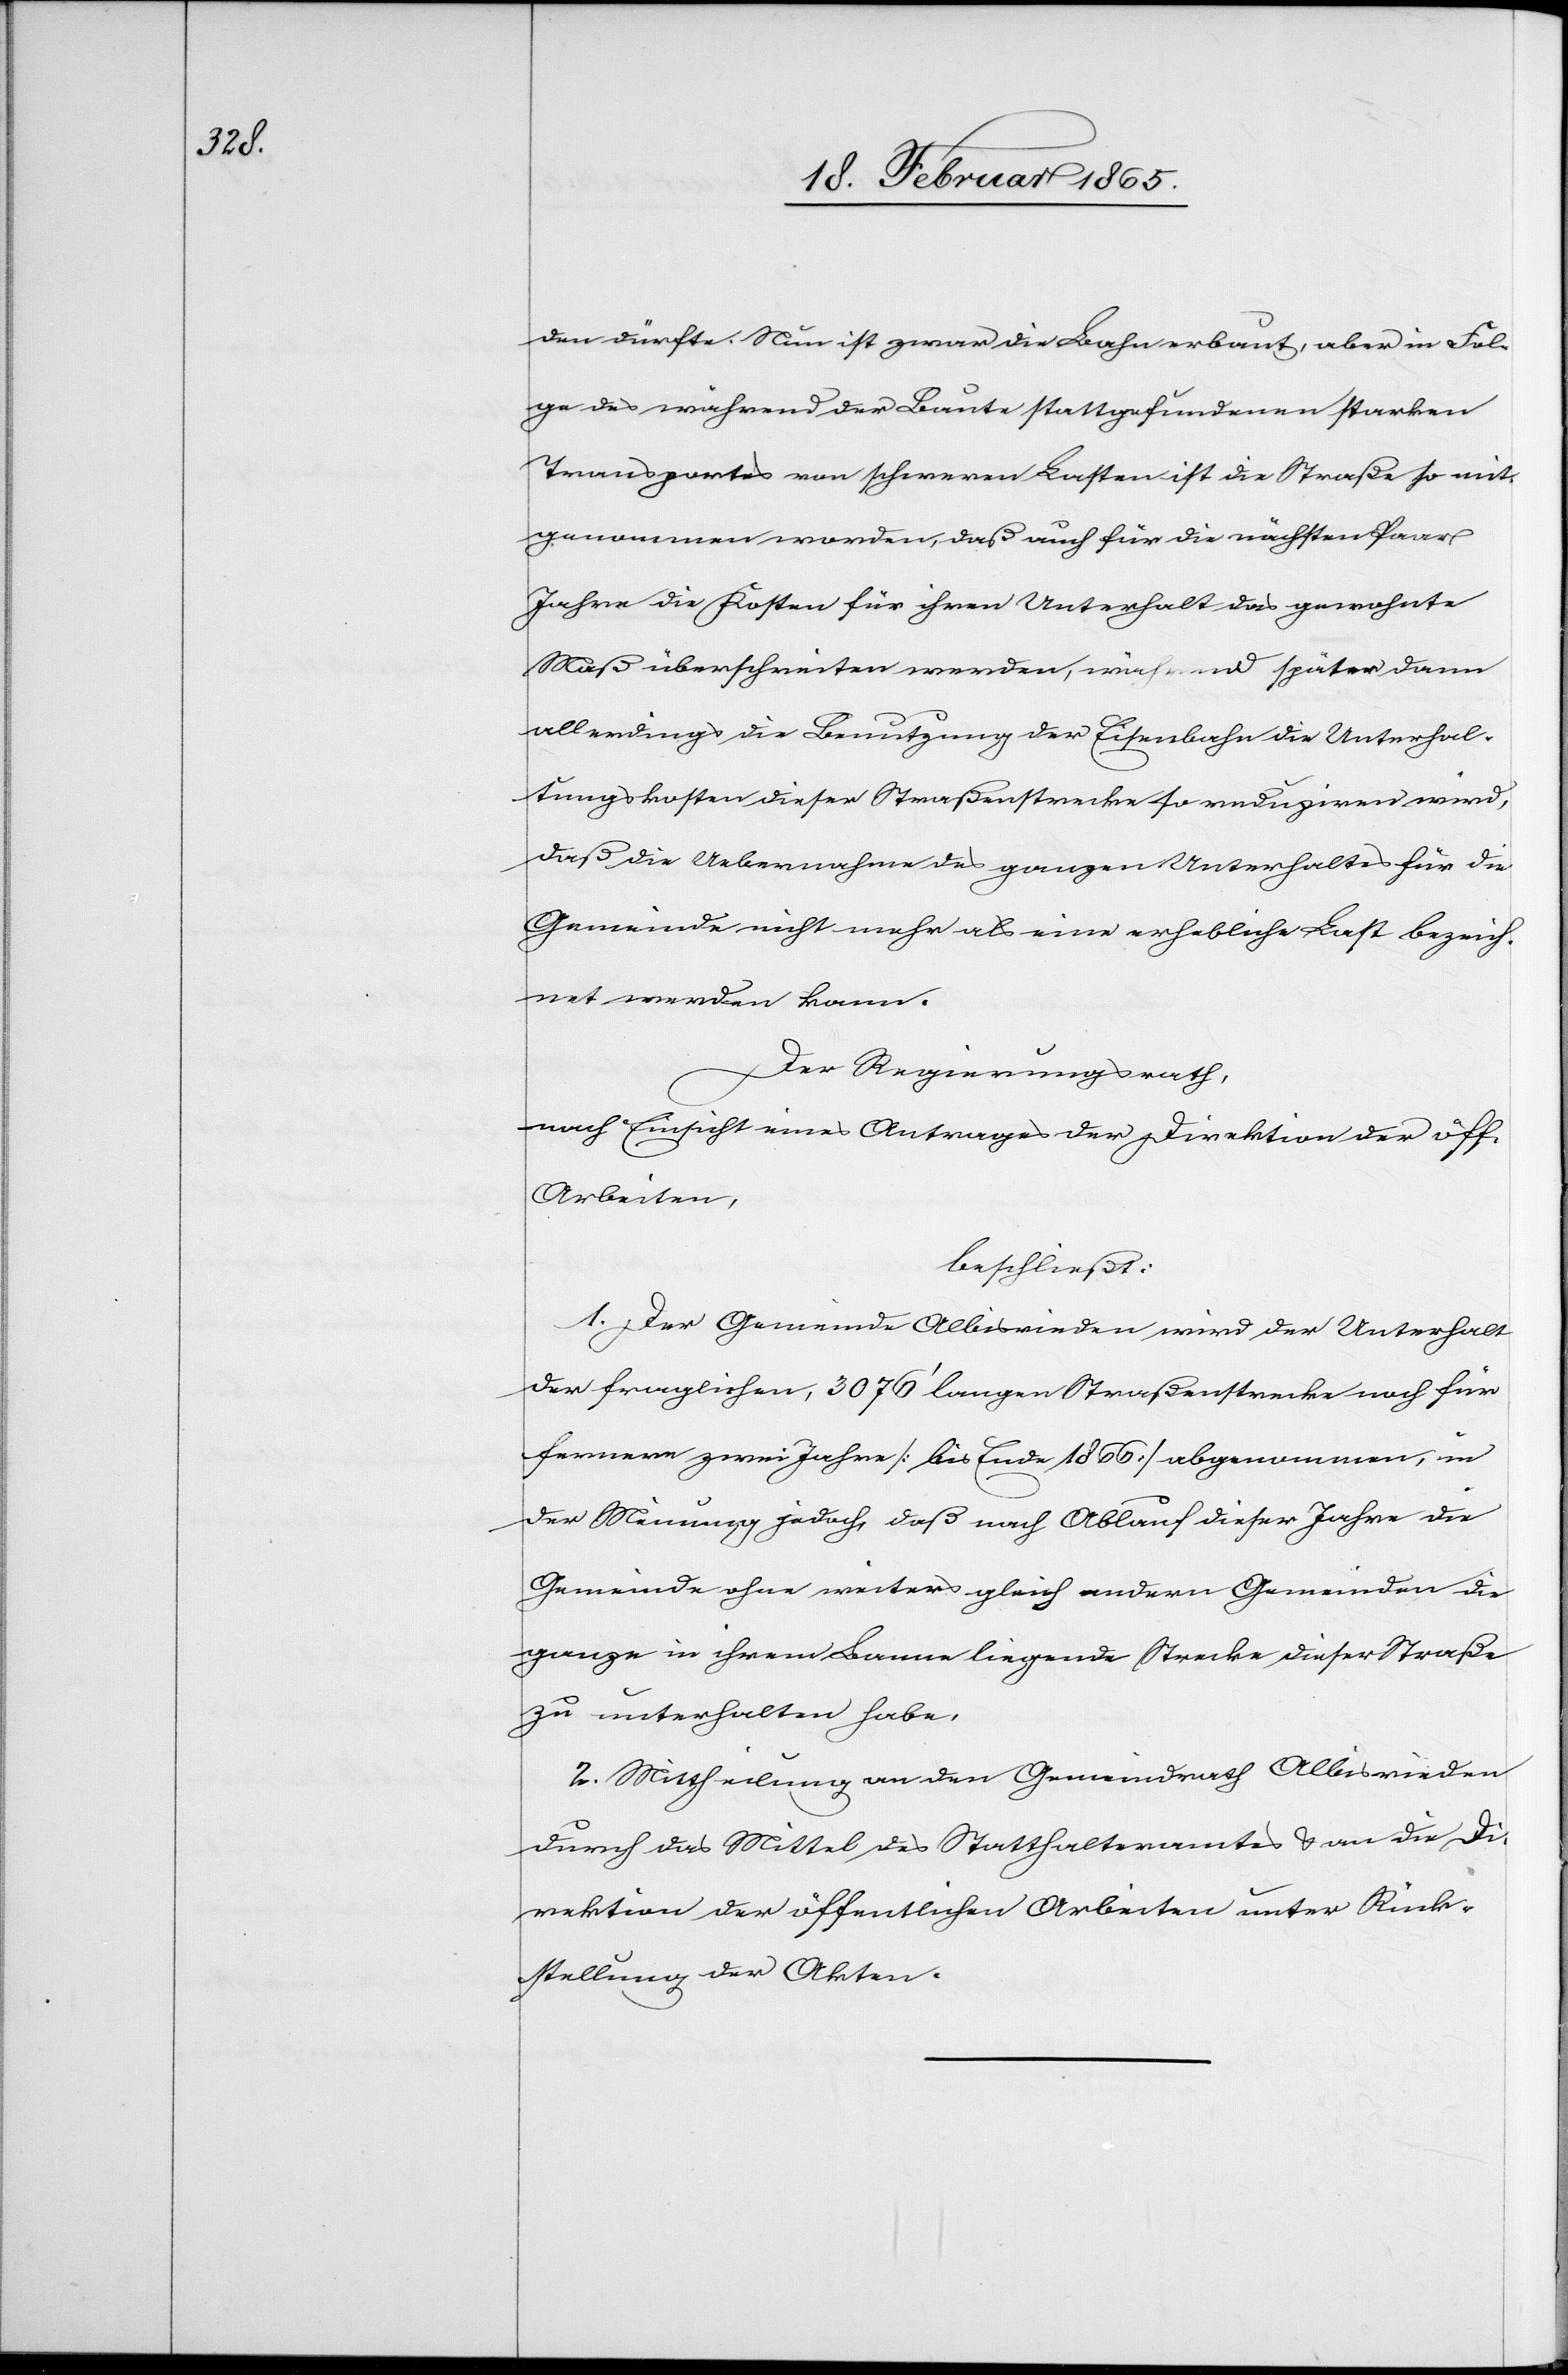
den dürfte. Nun ist zwar die Bahn erbaut, aber in Fol¬
ge des während der Baute stattgefundenen starken
Transportes von schweren Lasten ist die Straße so mit¬
genommen worden, daß auch für die nächsten Paar
Jahre die Kosten für ihren Unterhalt das gewohnte
Maß überschreiten werden, während später dann
allerdings die Benutzung der Eisenbahn die Unterhal¬
tungskosten dieser Straßenstrecke so reduziren wird,
daß die Uebernahme des ganzen Unterhaltes für die
Gemeinde nicht mehr als eine erhebliche Last bezeich¬
net werden kann.
Der Regierungsrath,
nach Einsicht eines Antrages der Direktion der öff.
Arbeiten,
beschließt:
1. Der Gemeinde Albisrieden wird der Unterhalt
der fraglichen 3076’ langen Straßenstrecke noch für
fernere zwei Jahre [bis Ende 1866] abgenommen, in
der Meinung jedoch, daß nach Ablauf dieser Jahre die
Gemeinde ohne weiters gleich andern Gemeinden die
ganze in ihrem Banne liegende Strecke dieser Straße
zu unterhalten habe.
2. Mittheilung an den Gemeindrath Albisrieden
durch das Mittel des Statthalteramtes u. an die Di¬
rektion der öffentlichen Arbeiten unter Rück¬
stellung der Akten.